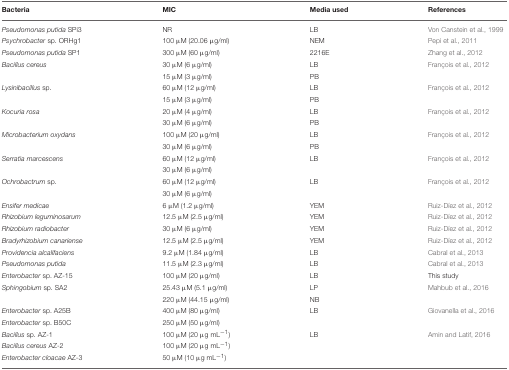
<table><thead><tr><td><b>Bacteria</b></td><td><b>MIC</b></td><td><b>Media used</b></td><td><b>References</b></td></tr></thead><tbody><tr><td><i>Pseudomonas putida</i> SPi3</td><td>NR</td><td>LB</td><td>Von Canstein et al., 1999</td></tr><tr><td><i>Psychrobacter</i> sp. ORHg1</td><td>100 μM (20.06 μg/ml)</td><td>NEM</td><td>Pepi et al., 2011</td></tr><tr><td><i>Pseudomonas putida</i> SP1</td><td>300 μM (60 μg/ml)</td><td>2216E</td><td>Zhang et al., 2012</td></tr><tr><td><i>Bacillus cereus</i></td><td>30 μM (6 μg/ml)</td><td>LB</td><td>François et al., 2012</td></tr><tr><td></td><td>15 μM (3 μg/ml)</td><td>PB</td><td></td></tr><tr><td><i>Lysinibacillus</i> sp.</td><td>60 μM (12 μg/ml)</td><td>LB</td><td>François et al., 2012</td></tr><tr><td></td><td>15 μM (3 μg/ml)</td><td>PB</td><td></td></tr><tr><td><i>Kocuria rosa</i></td><td>20 μM (4 μg/ml)</td><td>LB</td><td>François et al., 2012</td></tr><tr><td></td><td>30 μM (6 μg/ml)</td><td>PB</td><td></td></tr><tr><td><i>Microbacterium oxydans</i></td><td>100 μM (20 μg/ml)</td><td>LB</td><td>François et al., 2012</td></tr><tr><td></td><td>30 μM (6 μg/ml)</td><td>PB</td><td></td></tr><tr><td><i>Serratia marcescens</i></td><td>60 μM (12 μg/ml)</td><td>LB</td><td>François et al., 2012</td></tr><tr><td></td><td>30 μM (6 μg/ml)</td><td></td><td></td></tr><tr><td><i>Ochrobactrum</i> sp.</td><td>60 μM (12 μg/ml)</td><td>LB</td><td>François et al., 2012</td></tr><tr><td></td><td>30 μM (6 μg/ml)</td><td></td><td></td></tr><tr><td><i>Ensifer medicae</i></td><td>6 μM (1.2 μg/ml)</td><td>YEM</td><td>Ruiz-Díez et al., 2012</td></tr><tr><td><i>Rhizobium leguminosarum</i></td><td>12.5 μM (2.5 μg/ml)</td><td>YEM</td><td>Ruiz-Díez et al., 2012</td></tr><tr><td><i>Rhizobium radiobacter</i></td><td>30 μM (6 μg/ml)</td><td>YEM</td><td>Ruiz-Díez et al., 2012</td></tr><tr><td><i>Bradyrhizobium canariense</i></td><td>12.5 μM (2.5 μg/ml)</td><td>YEM</td><td>Ruiz-Díez et al., 2012</td></tr><tr><td><i>Providencia alcalifaciens</i></td><td>9.2 μM (1.84 μg/ml)</td><td>LB</td><td>Cabral et al., 2013</td></tr><tr><td><i>Pseudomonas putida</i></td><td>11.5 μM (2.3 μg/ml)</td><td>LB</td><td>Cabral et al., 2013</td></tr><tr><td><i>Enterobacter</i> sp. AZ-15</td><td>100 μM (20 μg/ml)</td><td>LB</td><td>This study</td></tr><tr><td><i>Sphingobium</i> sp. SA2</td><td>25.43 μM (5.1 μg/ml)</td><td>LP</td><td>Mahbub et al., 2016</td></tr><tr><td></td><td>220 μM (44.15 μg/ml)</td><td>NB</td><td></td></tr><tr><td><i>Enterobacter</i> sp. A25B</td><td>400 μM (80 μg/ml)</td><td>LB</td><td>Giovanella et al., 2016</td></tr><tr><td><i>Enterobacter</i> sp. B50C</td><td>250 μM (50 μg/ml)</td><td></td><td></td></tr><tr><td><i>Bacillus</i> sp. AZ-1</td><td>100 μM (20 μg mL<sup>−1</sup>)</td><td>LB</td><td>Amin and Latif, 2016</td></tr><tr><td><i>Bacillus cereus</i> AZ-2</td><td>100 μM (20 μg mL<sup>−1</sup>)</td><td></td><td></td></tr><tr><td><i>Enterobacter cloacae</i> AZ-3</td><td>50 μM (10 μg mL<sup>−1</sup>)</td><td></td><td></td></tr></tbody></table>